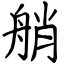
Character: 艄